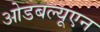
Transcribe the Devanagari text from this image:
ओडबल्यूएन